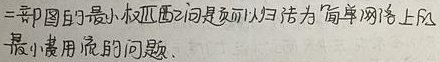
#NAME?